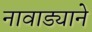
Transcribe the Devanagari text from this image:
नावाड्याने